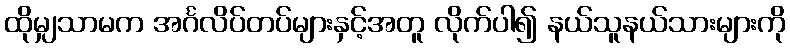
ထိုမျှသာမက အင်္ဂလိပ်တပ်များနှင့်အတူ လိုက်ပါ၍ နယ်သူနယ်သားများကို